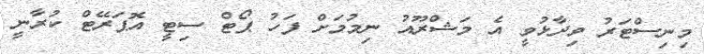
މިނިސްޓަރު ވިދާޅުވީ އެ މަޝްރޫއު ނިމުމަށް ފަހު ޕޯޓް ސިޓީ އޮޕަރޭޓް ކުރާނީ